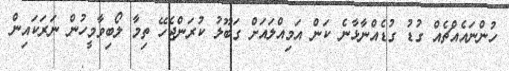
ހުންނައެއްޗެއް ގުޑު ގުޑެއްނާޅާނެ ކަން އަމިއްލައަށް ގަބޫލު ކުރަންޖެހޭ ތިމާ ލޯބިވާމީހުން ނަރަކައިން